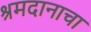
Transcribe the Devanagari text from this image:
श्रमदानाचा